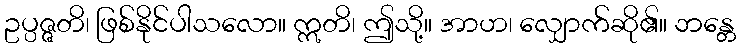
ဥပ္ပဇ္ဇတိ၊ ဖြစ်နိုင်ပါသလော။ ဣတိ၊ ဤသို့။ အာဟ၊ လျှောက်ဆို၏။ ဘန္တေ